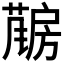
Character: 𱟤